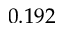
0 . 1 9 2